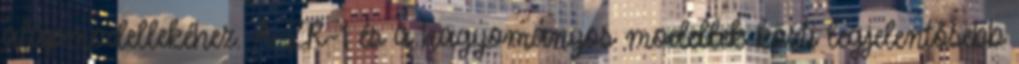
alapmodellekéhez. A ZR-1 és a hagyományos modellek közti legjelentősebb